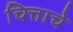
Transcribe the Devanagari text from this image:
चित्ताचे